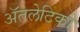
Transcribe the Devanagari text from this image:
ॲतलेटिको